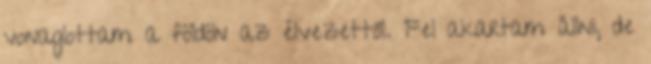
vonaglottam a földön az élvezettől. Fel akartam állni, de